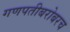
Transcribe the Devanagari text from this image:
गणपतीबरोबरच